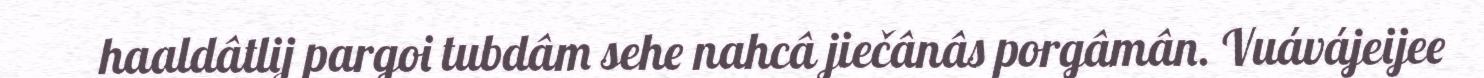
haaldâtlij pargoi tubdâm sehe nahcâ jiečânâs porgâmân. Vuávájeijee